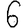
Digit: 6